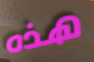
هذه